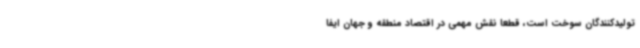
تولیدکنندگان سوخت است، قطعا نقش مهمی در اقتصاد منطقه و جهان ایفا